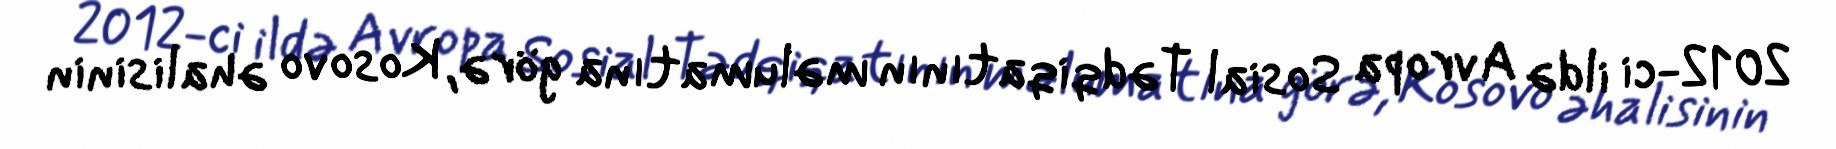
2012-ci ildə Avropa Sosial Tədqiqatının məlumatına görə, Kosovo əhalisinin